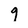
Character: 9